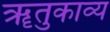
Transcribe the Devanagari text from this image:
ॠतुकाव्य